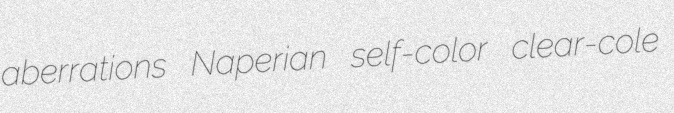
aberrations Naperian self-color clear-cole